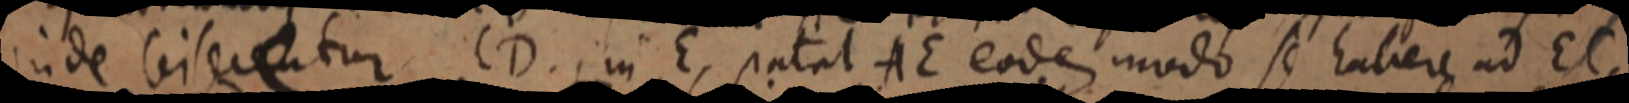
inde bisicatur. CD. in E, patet AE eodem modo se habere ad EC,